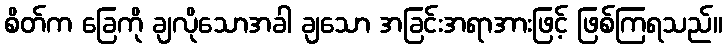
စိတ်က ခြေကို ချလိုသောအခါ ချသော အခြင်းအရာအားဖြင့် ဖြစ်ကြရသည်။